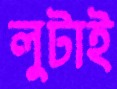
লুটাই